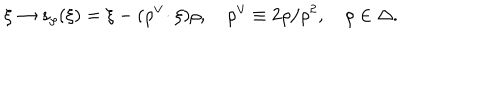
LaTeX: \xi \to s _ { \rho } ( \xi ) = \xi - ( \rho ^ { \vee } \! \cdot \xi ) \rho , \quad \rho ^ { \vee } \equiv 2 \rho / \rho ^ { 2 } , \quad \rho \in \Delta .